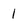
Character: 1